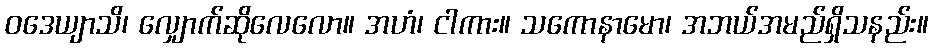
ဝဒေယျာသိ၊ လျှောက်ဆိုလေလော။ အဟံ၊ ငါကား။ သကောနာမော၊ အဘယ်အမည်ရှိသနည်း။